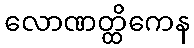
လောဏတ္ထိကေန